Indian journal of veterinary science and animal husbandry - Volume 11,
Year: 1941
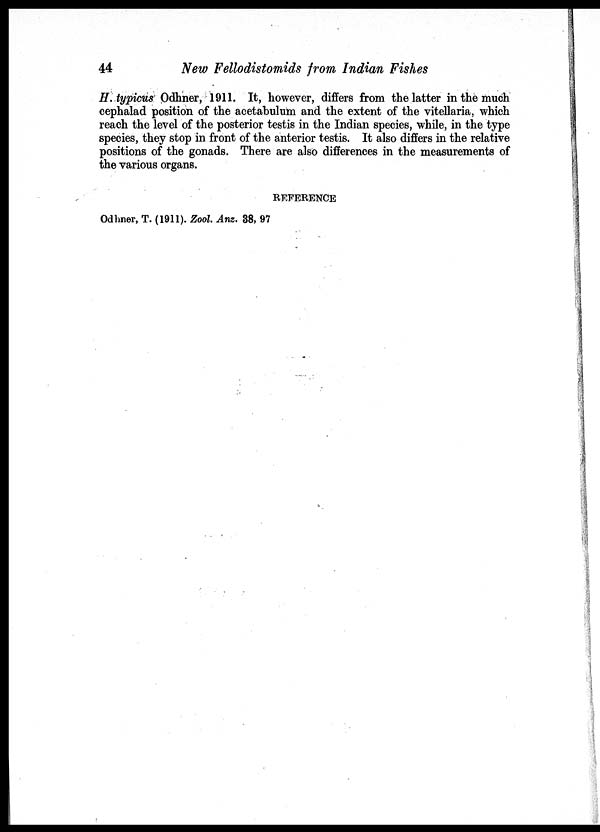
44
New Fellodistomids from Indian Fishes
H. typicus Odhner, 1911. It, however, differs from the latter in the much
cephalad position of the acetabulum and the extent of the vitellaria, which
reach the level of the posterior testis in the Indian species, while, in the type
species, they stop in front of the anterior testis. It also differs in the relative
positions of the gonads. There are also differences in the measurements of
the various organs.
REFERENCE
Odhner, T. (1911). Zool. Anz. 38, 97